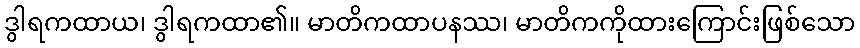
ဒွါရကထာယ၊ ဒွါရကထာ၏။ မာတိကထာပနဿ၊ မာတိကကိုထားကြောင်းဖြစ်သော